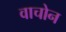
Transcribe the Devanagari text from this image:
वाचोन